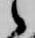
候